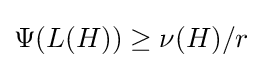
\Psi (L(H))\geq \nu (H)/r